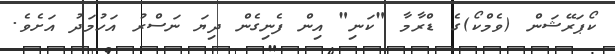
ކޯޕަރޭޝަން (ވެމްކޯ)ގެ ޑްރާމާ "ކަނި" އިން ފެނިގެން ދިޔަ ނަސްރު އަހުމަދު އަށެވެ.